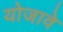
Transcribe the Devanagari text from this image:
योजावे